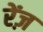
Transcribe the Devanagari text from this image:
रेंज़